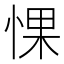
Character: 惈